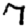
Digit: 7